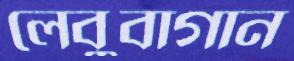
লেবুবাগান